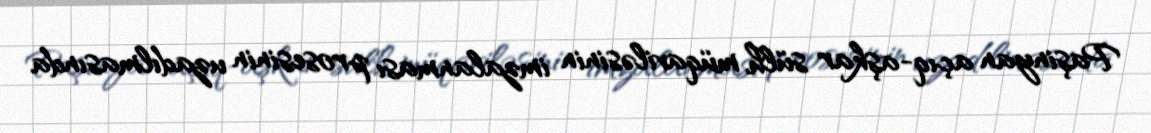
Paşinyan açıq-aşkar sülh müqaviləsinin imzalanması prosesinin uzadılmasında